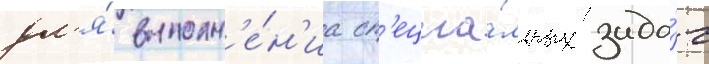
дл'я́ выполн'е́н'иа сп'ециа́льных зада́ч